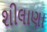
શીલાણા